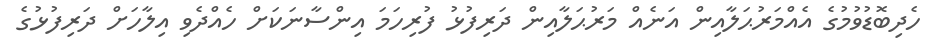
ހެދިބޮޑުވުމުގެ އެއްމަރުޙަލާއިން އަނެއް މަރުޙަލާއިން ދަރިފުޅު ފުރިހަމަ އިންސާނަކަށް ހެއްދެވި އިލާހަށް ދަރިފުޅުގެ